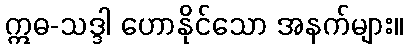
ဣဓ-သဒ္ဒါ ဟောနိုင်သော အနက်များ။